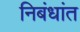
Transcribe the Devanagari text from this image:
निबंधांत